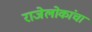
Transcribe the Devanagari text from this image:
राजेलोकांचा